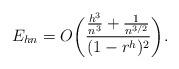
LaTeX: \begin{align*} E_{hn}=O\biggl(\frac{\frac{h^3}{n^3}+\frac{1}{n^{3/2}}}{(1-r^h)^2}\biggr). \end{align*}